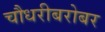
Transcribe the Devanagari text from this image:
चौधरीबरोबर